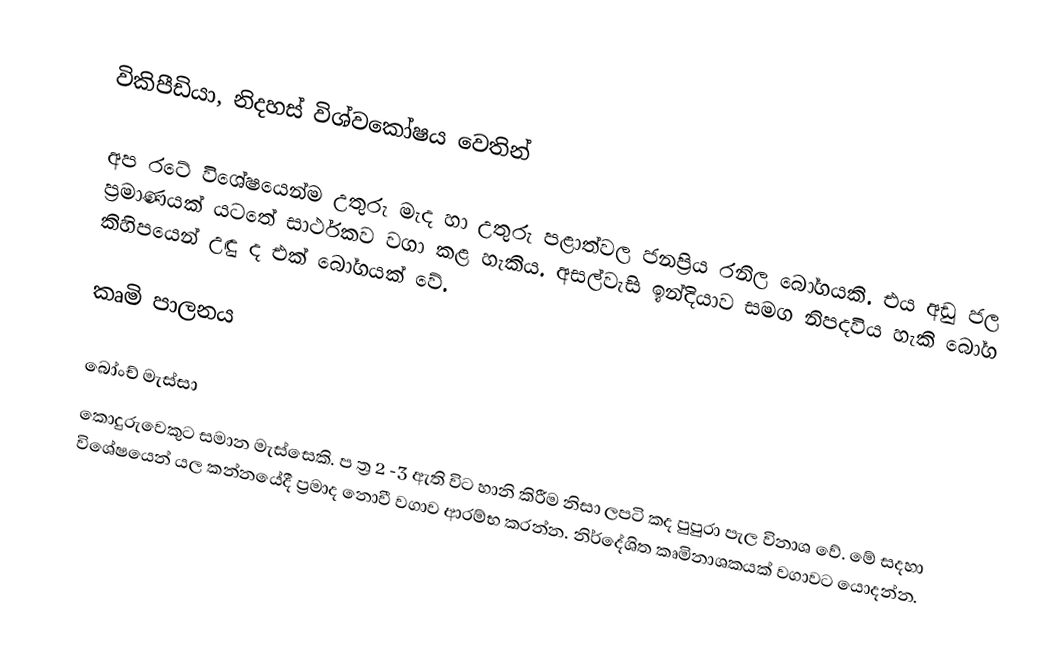
විකිපීඩියා, නිදහස් විශ්වකෝෂය වෙතින්

අප රටේ විශේෂයෙන්ම උතුරු මැද හා උතුරු පළාත්වල ජනප්‍රිය රනිල බෝගයකි. එය අඩු ජල ප්‍රමාණයක් යටතේ සාර්ථකව වගා කළ හැකිය. අසල්වැසි ඉන්දියාව සමග නිපදවිය හැකි බෝග කිහිපයෙන් උඳු ද එක් බෝගයක් වේ.

කෘමි පාලනය

බෝංච් මැස්සා
කොදුරුවෙකුට සමාන මැස්සෙකි. ප ත්‍ර 2 -3 ඇති විට හානි කිරීම නිසා ලපටි කද පුපුරා පැල විනාශ වේ. මේ සදහා විශේෂයෙන් යල කන්නයේදී ප්‍රමාද නොවී වගාව ආරම්භ කරන්න. නිර්දේශිත කෘමිනාශකයක් වගාවට යොදන්න.